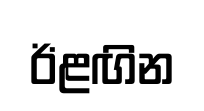
ඊළඟින